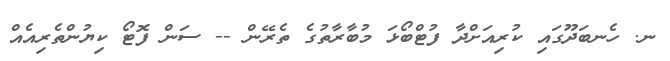
ނ. ހެނބަދޫގައި ކުރިއަށްދާ ފުޓްބޯޅަ މުބާރާތުގެ ތެރޭން -- ސަން ފޮޓޯ ކިޔުންތެރިއެއް